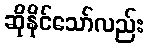
ဆိုနိုင်သော်လည်း